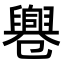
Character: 𠨨